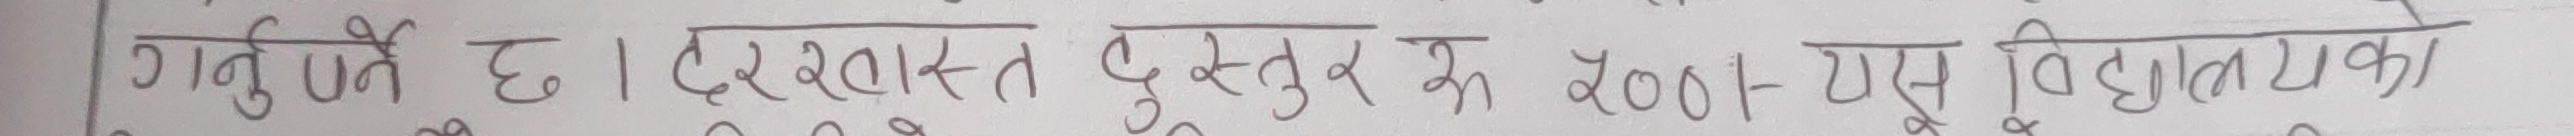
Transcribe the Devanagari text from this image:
गर्नुपर्ने छ । दरखास्त पुस्तुर रु २००।- यस विद्यालयका